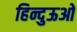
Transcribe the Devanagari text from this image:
हिन्दुऊओ